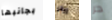
بجانبها إيفي حر